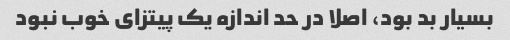
بسیار بد بود، اصلا در حد اندازه یک پیتزای خوب نبود